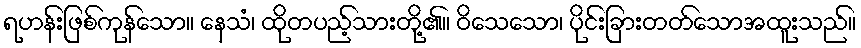
ရဟန်းဖြစ်ကုန်သော။ နေသံ၊ ထိုတပည့်သားတို့၏။ ဝိသေသော၊ ပိုင်းခြားတတ်သောအထူးသည်။